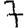
Digit: 7